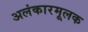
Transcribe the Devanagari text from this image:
अलंकारमूलक